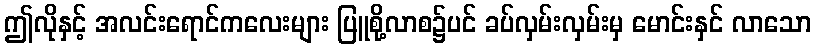
ဤလိုနှင့် အလင်းရောင်ကလေးများ ပြူစို့လာစ၌ပင် ခပ်လှမ်းလှမ်းမှ မောင်းနှင် လာသော